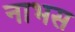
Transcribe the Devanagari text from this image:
नाभस